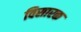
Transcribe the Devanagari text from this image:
विसारक